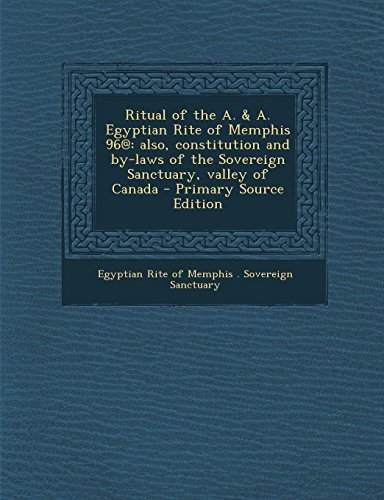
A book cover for Ritual of the A. & A. Egyptian Rite of Memphis 96@: also, constitution and by-laws of the Sovereign Sanctuary, valley of Canada; History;